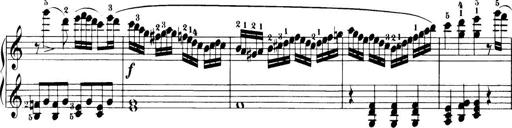
Title: 32 Sonatinas and Rondos for the Piano
Composer: Richard Kleinmichel